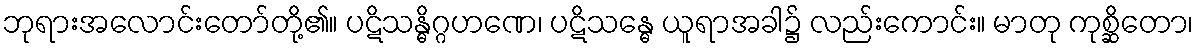
ဘုရားအလောင်းတော်တို့၏။ ပဋိသန္ဓိဂ္ဂဟဏေ၊ ပဋိသန္ဓေ ယူရာအခါ၌ လည်းကောင်း။ မာတု ကုစ္ဆိတော၊